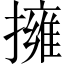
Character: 擁